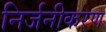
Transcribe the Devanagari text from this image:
निर्जनीकरण